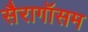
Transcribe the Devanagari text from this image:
सैरागॉसम